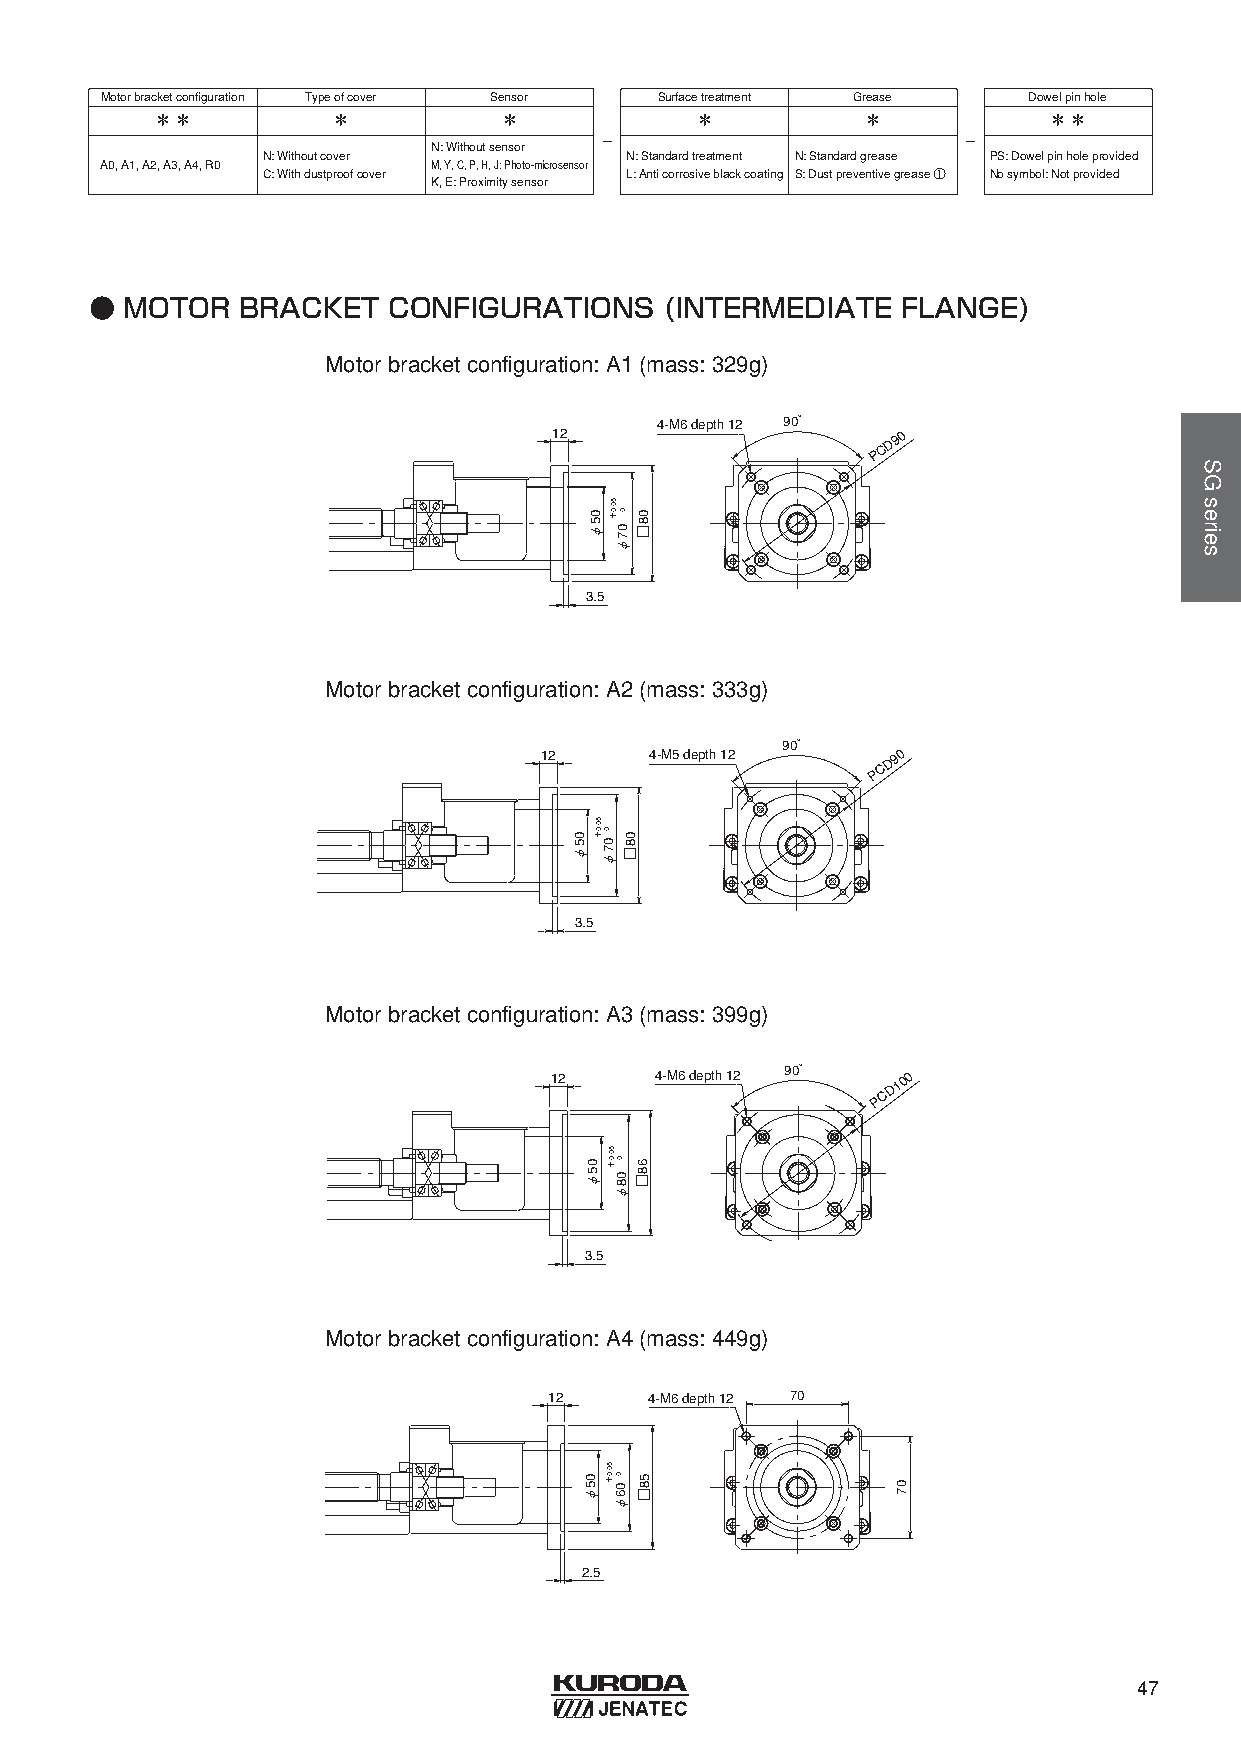
Motorbracketconfiguration Typeofcover Sensor Surfacetreatment Grease Dowelpinhole
 ＊＊          ＊          ＊            ＊          ＊           ＊＊
 -                       -
 N: Withoutsensor
 N: Withoutcover         N: Standardtreatment N: Standardgrease PS: Dowelpinholeprovided
 A0, A1, A2, A3, A4, R0 M, Y, C, P, H, J: Photo-microsensor
 C: Withdustproofcover   L: Anticorrosiveblackcoating S: Dustpreventivegrease ① Nosymbol: Notprovided
 K, E: Proximitysensor
 ● MOTOR   BRACKET   CONFIGURATIONS    (INTERMEDIATE   FLANGE)
 Motorbracketconfiguration: A1 (mass: 329g)
 4-M6 depth 12 90°
 12
 P C
 D90
 3.5
 Motorbracketconfiguration: A2 (mass: 333g)
 90°
 12     4-M5 depth 12
 P C
 D90
 3.5
 Motorbracketconfiguration: A3 (mass: 399g)
 12     4-M6 depth 12 90°
 P C
 D100
 3.5
 Motorbracketconfiguration: A4 (mass: 449g)
 12     4-M6 depth 12 70
 2.5
 47
 05φ
 05φ
 50.0＋
 05φ
 05φ
 50.0
 0＋
 07φ
 0 00
 87
 □φ
 50.0
 0＋
 08φ
 50.0
 0＋
 06φ
 08□
 68□
 58□
 07
 SGseries